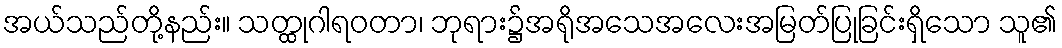
အယ်သည်တို့နည်း။ သတ္ထုဂါရဝတာ၊ ဘုရား၌အရိုအသေအလေးအမြတ်ပြုခြင်းရှိသော သူ၏